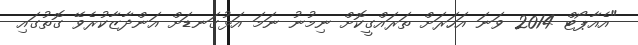
"އެއާޕޯޓް 2014 ވަނަ އަހަރަށް ތަރައްގީކޮށް ނިމުނު ނަމަ އަޅުގަނޑަށް އަންދާޒާކުރެވޭ ގޮތުގައި